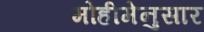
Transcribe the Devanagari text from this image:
मोहीमेनुसार